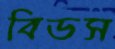
বিডস